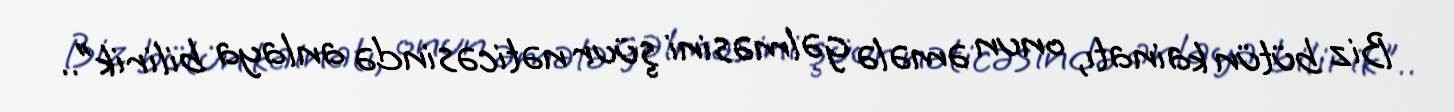
Biz bütün kainatı, onun əmələ gəlməsini şüur nəticəsində anlaya bilirik"..